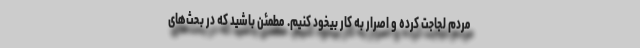
مردم لجاجت کرده و اصرار به کار بیخود کنیم. مطمئن باشید که در بحث‌های